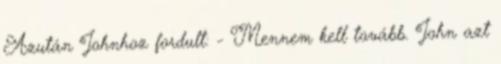
Azután Johnhoz fordult: - Mennem kell tovább. John azt